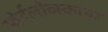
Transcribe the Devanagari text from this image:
स्वेर्दलोव्स्काया